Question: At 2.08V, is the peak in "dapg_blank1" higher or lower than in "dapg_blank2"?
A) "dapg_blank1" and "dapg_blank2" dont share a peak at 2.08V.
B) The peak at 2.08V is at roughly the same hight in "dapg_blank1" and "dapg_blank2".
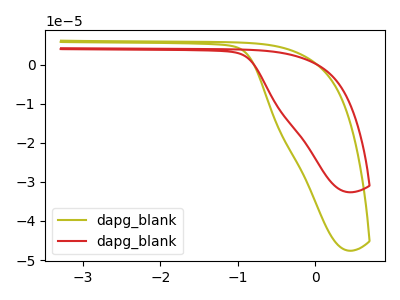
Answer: <think>The olive curve "dapg_blank1" has no peaks. The red curve "dapg_blank2" has no peaks.</think>
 <answer>A) "dapg_blank1" and "dapg_blank2" dont share a peak at 2.08V.</answer>
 <eval>A</eval>